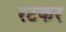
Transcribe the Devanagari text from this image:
रटकर